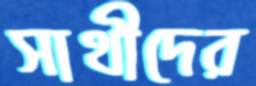
সাথীদের